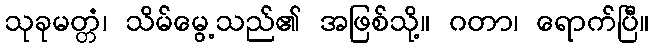
သုခုမတ္တံ၊ သိမ်မွေ့သည်၏ အဖြစ်သို့။ ဂတာ၊ ရောက်ပြီ။